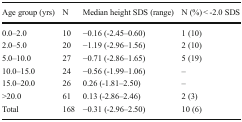
<table><thead><tr><td><b>Age group (yrs)</b></td><td><b>N</b></td><td><b>Median height SDS (range)</b></td><td><b>N (%) &lt; -2.0 SDS</b></td></tr></thead><tbody><tr><td>0.0–2.0</td><td>10</td><td>−0.16 (-2.45–0.60)</td><td>1 (10)</td></tr><tr><td>2.0–5.0</td><td>20</td><td>−1.19 (-2.96–1.56)</td><td>2 (10)</td></tr><tr><td>5.0–10.0</td><td>27</td><td>−0.71 (-2.86–1.65)</td><td>5 (19)</td></tr><tr><td>10.0–15.0</td><td>24</td><td>−0.56 (-1.99–1.06)</td><td>–</td></tr><tr><td>15.0–20.0</td><td>26</td><td>0.26 (-1.81–2.50)</td><td>–</td></tr><tr><td>&gt;20.0</td><td>61</td><td>0.13 (-2.86–2.46)</td><td>2 (3)</td></tr><tr><td>Total</td><td>168</td><td>−0.31 (-2.96–2.50)</td><td>10 (6)</td></tr></tbody></table>